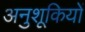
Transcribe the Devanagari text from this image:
अनुशूकियों